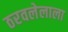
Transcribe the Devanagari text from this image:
ठरवलेलाला